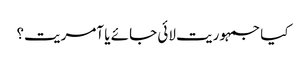
کیا جمہوریت لائی جائے یا آمریت؟